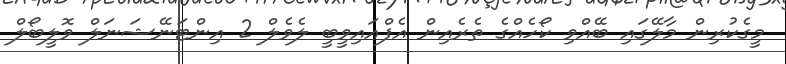
މީގެކުރިން މާލޭގައި ބޭއްވި ކޯހެއްގެ ތެރެއިން އެފްއައިވީބީ ލެވެލް 2 އިންޓަނޭޝަނަލް ވޮލީބޯލް